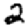
Digit: 2